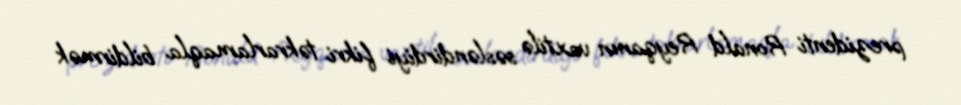
prezidenti Ronald Reyqanın vaxtilə səsləndirdiyi fikri təkrarlamaqla bildirmək